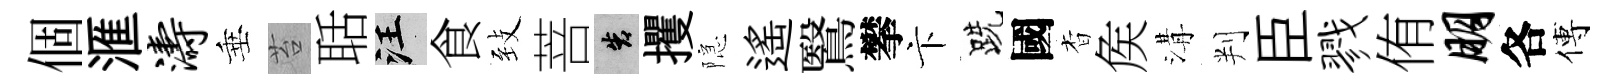
個滙涛垂苔聒汪食𦤺菩告攫隠遙鷖攀卞跣國杳矦溝判臣戮侑朋各傅